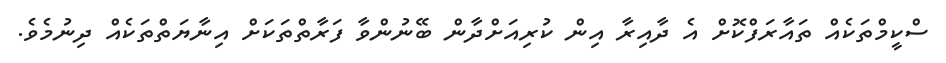
ސްކީމްތަކެއް ތައާރަފްކޮށް އެ ދާއިރާ އިން ކުރިއަށްދާން ބޭނުންވާ ފަރާތްތަކަށް އިނާޔަތްތަކެއް ދިނުމެވެ.